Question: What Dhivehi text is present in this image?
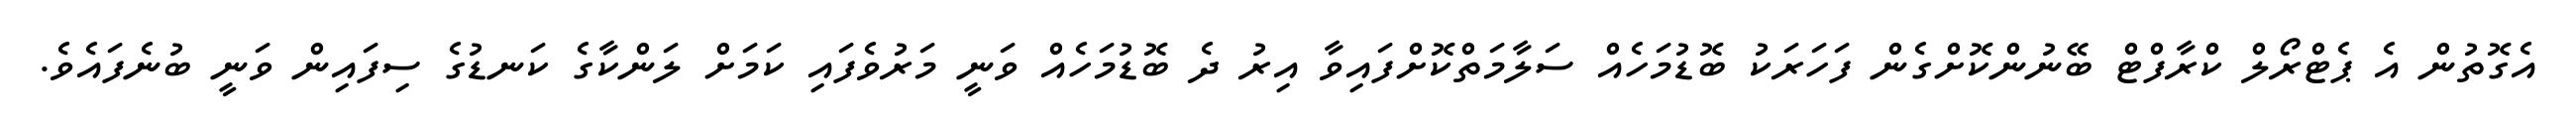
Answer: އެގޮތުން އެ ޕެޓްރޯލް ކްރާފްޓް ބޭނުންކޮށްގެން ފަހަރަކު ބޮޑުމަހެއް ސަލާމަތްކޮށްފައިވާ އިރު ދެ ބޮޑުމަހެއް ވަނީ މަރުވެފައި ކަމަށް ލަންކާގެ ކަނޑުގެ ސިފައިން ވަނީ ބުނެފައެވެ.